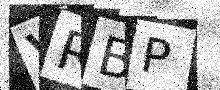
Text: VRBP